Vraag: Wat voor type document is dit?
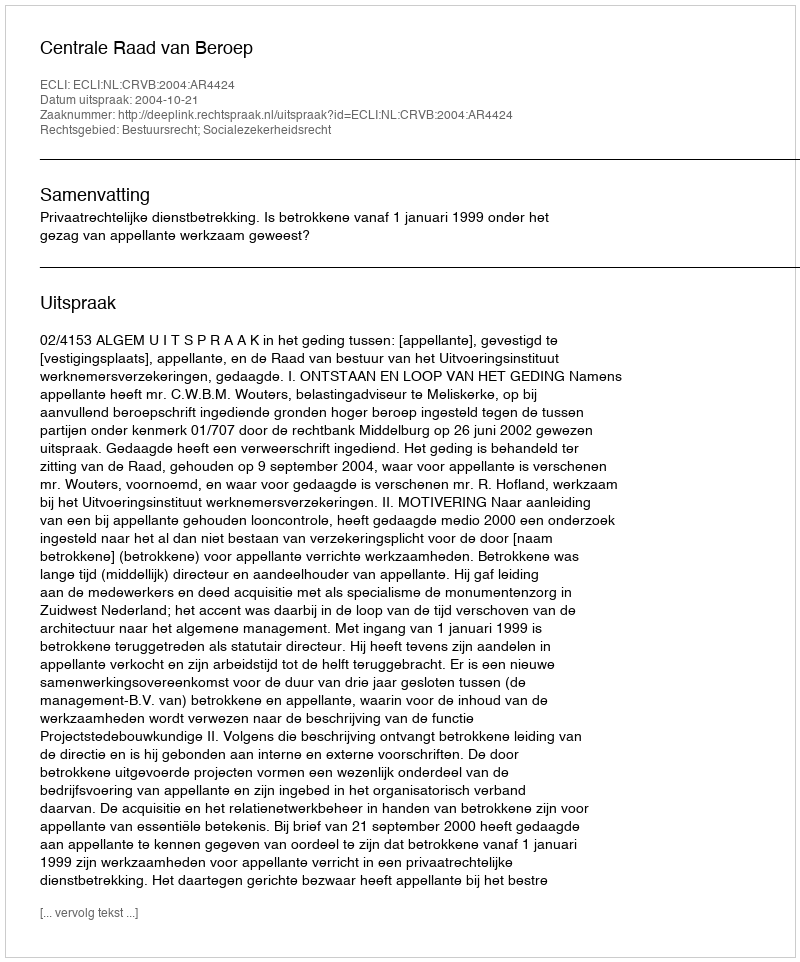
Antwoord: Uitspraak